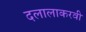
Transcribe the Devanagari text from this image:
दलालाकरवी